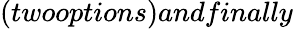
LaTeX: (twooptions)andfinally